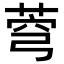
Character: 𦲄